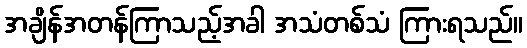
အချိန်အတန်ကြာသည့်အခါ အသံတစ်သံ ကြားရသည်။